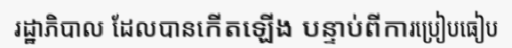
រដ្ឋាភិបាល ដែលបានកើតឡើង បន្ទាប់ពីការប្រៀបធៀប